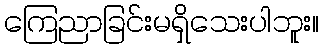
ကြေညာခြင်းမရှိသေးပါဘူး။